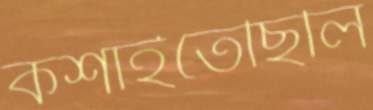
কশাইতেছিলি